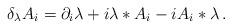
LaTeX: \begin{align*} \delta_{\lambda} A_i = \partial_i \lambda + i \lambda * A_i - i A_i * \lambda \,.\end{align*}